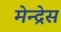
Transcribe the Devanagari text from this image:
मेन्द्रेस